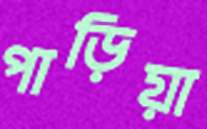
পাড়িয়া